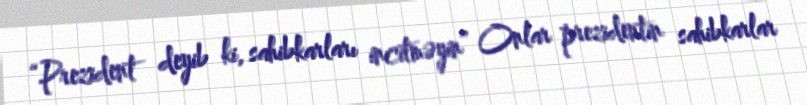
“Prezident deyib ki, sahibkarları incitməyin” Onlar prezidentin sahibkarlar